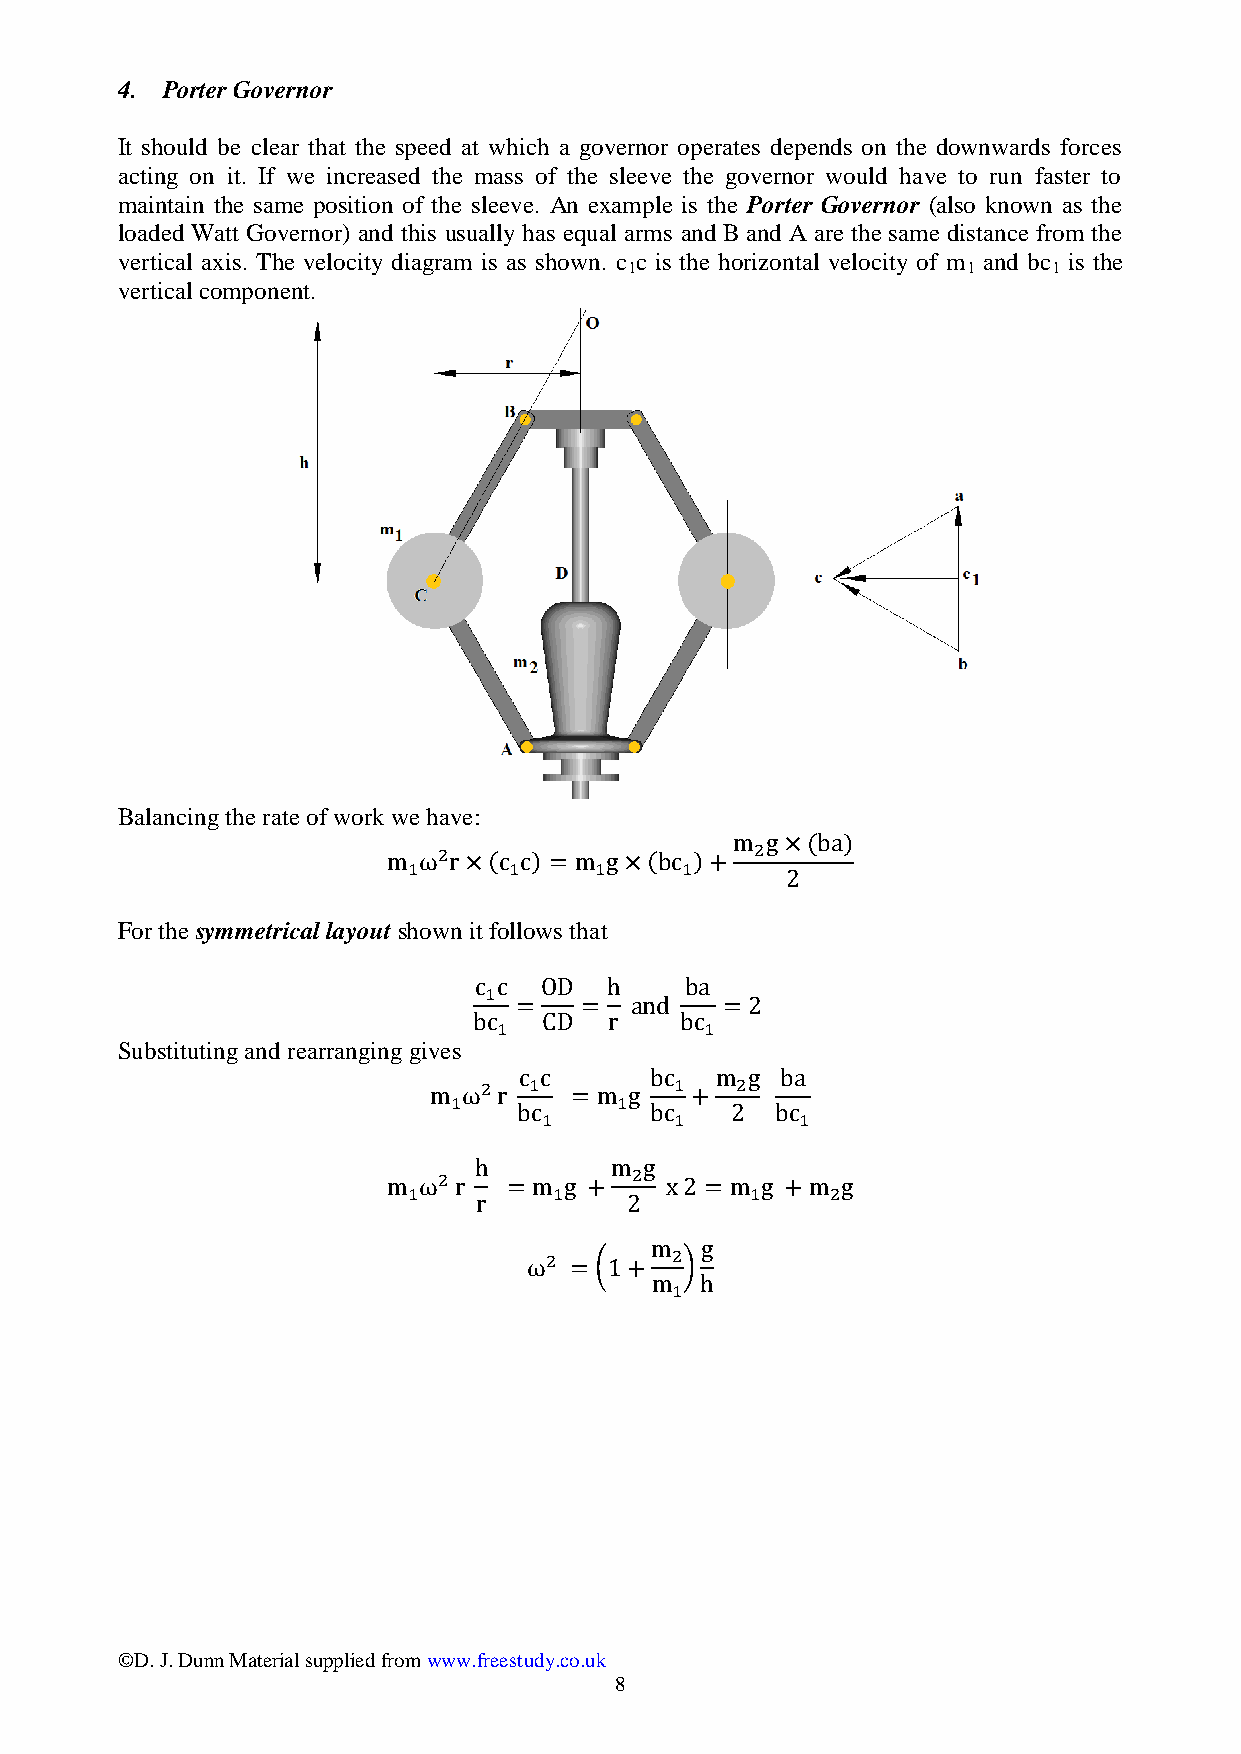
4. Porter Governor
 It should be clear that the speed at which a governor operates depends on the downwards forces
 acting on it. If we increased the mass of the sleeve the governor would have to run faster to
 maintain the same position of the sleeve. An example is the Porter Governor (also known as the
 loaded Watt Governor) and this usually has equal arms and B and A are the same distance from the
 vertical axis. The velocity diagram is as shown. c c is the horizontal velocity of m and bc is the
 1                     1     1
 vertical component.
 Balancing the rate of work we have:
 For the symmetrical layout shown it follows that
 Substituting and rearranging gives
 ©D. J. Dunn Material supplied from www.freestudy.co.uk
 8